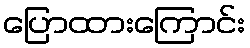
ပြောထားကြောင်း